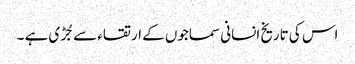
اس کی تاریخ انسانی سماجوں کے ارتقاء سے جُڑی ہے ۔